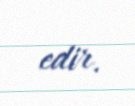
edir.